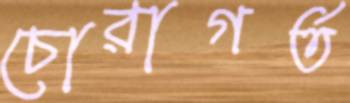
চোরাগর্ত